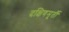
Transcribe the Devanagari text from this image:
दक्षिणमूर्ती